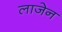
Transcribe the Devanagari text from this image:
लाजेन